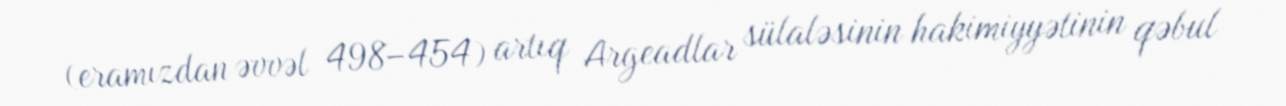
(eramızdan əvvəl 498–454) artıq Argeadlar sülaləsinin hakimiyyətinin qəbul